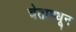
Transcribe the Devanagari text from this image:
चेतामधून